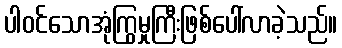
ပါဝင်သောအုံကြွမှုကြီးဖြစ်ပေါ်လာခဲ့သည်။